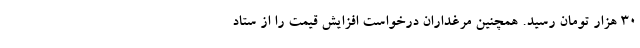
۳۰ هزار تومان رسید. همچنین مرغداران درخواست افزایش قیمت را از ستاد